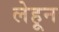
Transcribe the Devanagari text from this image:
लेहून